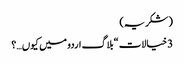
(شکریہ)
3 خیالات “بلاگ اردو میں کیوں…؟